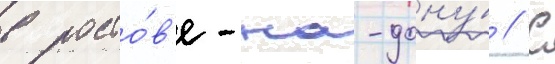
в росто́в'е-на-дону́ // С